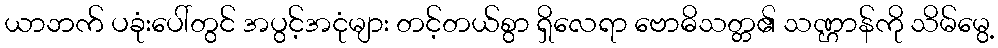
ယာဘက် ပခုံးပေါ်တွင် အပွင့်အငုံများ တင့်တယ်စွာ ရှိလေရာ ဗောဓိသတ္တ၏ သဏ္ဌာန်ကို သိမ်မွေ့